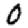
Digit: 0